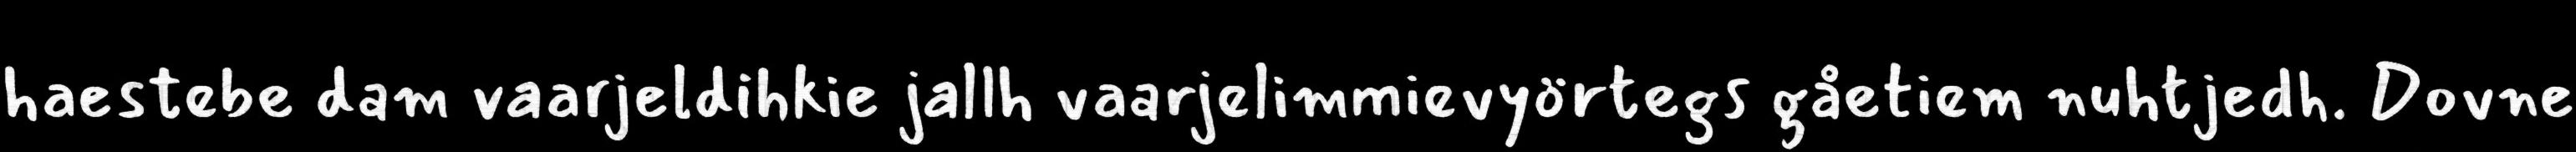
haestebe dam vaarjeldihkie jallh vaarjelimmievyörtegs gåetiem nuhtjedh. Dovne